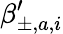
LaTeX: \beta_{\pm,a,i}^{\prime}